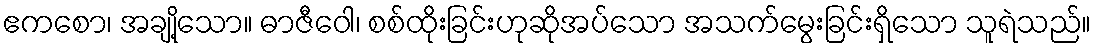
ဧကစော၊ အချို့သော။ ဓာဇီဝေါ၊ စစ်ထိုးခြင်းဟုဆိုအပ်သော အသက်မွေးခြင်းရှိသော သူရဲသည်။